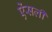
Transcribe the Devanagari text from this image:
ऐंसली